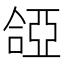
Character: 𠼞